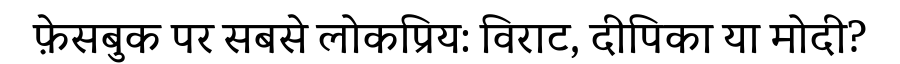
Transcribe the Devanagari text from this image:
फ़ेसबुक पर सबसे लोकप्रिय: विराट, दीपिका या मोदी?